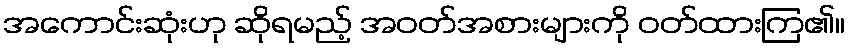
အကောင်းဆုံးဟု ဆိုရမည့် အဝတ်အစားများကို ဝတ်ထားကြ၏။